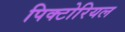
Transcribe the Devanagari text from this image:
पिक्टोरियल